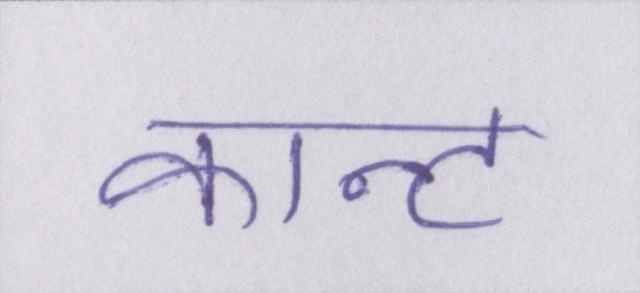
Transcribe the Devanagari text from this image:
कान्ट